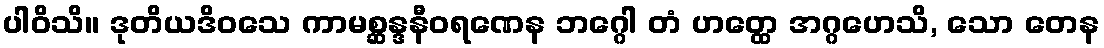
ပါဝိသိ။ ဒုတိယဒိဝသေ ကာမစ္ဆန္ဒနီဝရဏေန ဘဂ္ဂေါ တံ ဟတ္ထေ အဂ္ဂဟေသိ, သော တေန